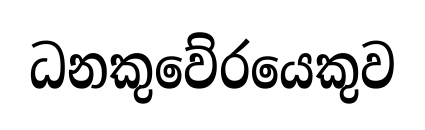
ධනකුවේරයෙකුව